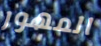
المهور